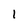
Character: 1